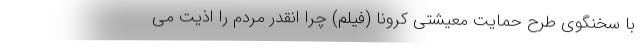
با سخنگوی طرح حمایت معیشتی کرونا (فیلم) چرا انقدر مردم را اذیت می